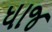
ધાજ